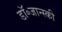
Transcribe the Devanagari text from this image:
डॉ॰जान्स्की